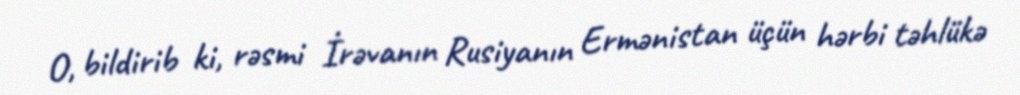
O, bildirib ki, rəsmi İrəvanın Rusiyanın Ermənistan üçün hərbi təhlükə